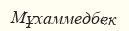
Мұхаммедбек